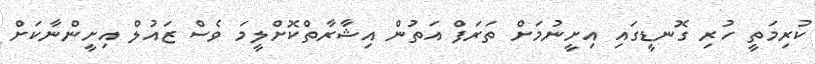
ކުރިމަތީ ހުރި ގޮނޑީގައި އިށީނުމަށް ތަރަފް އަތުން އިޝާރާތްކޮށްލީމަ ވެސް ޒައުލް އިށީންނާކަށް